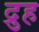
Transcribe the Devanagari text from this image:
द्रुह